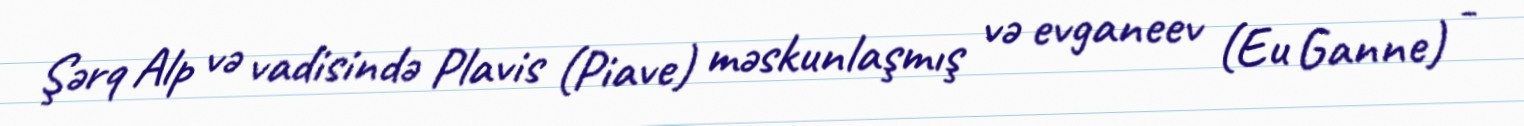
Şərq Alp və vadisində Plavis (Piave) məskunlaşmış və evganeev (Eu Ganne) -